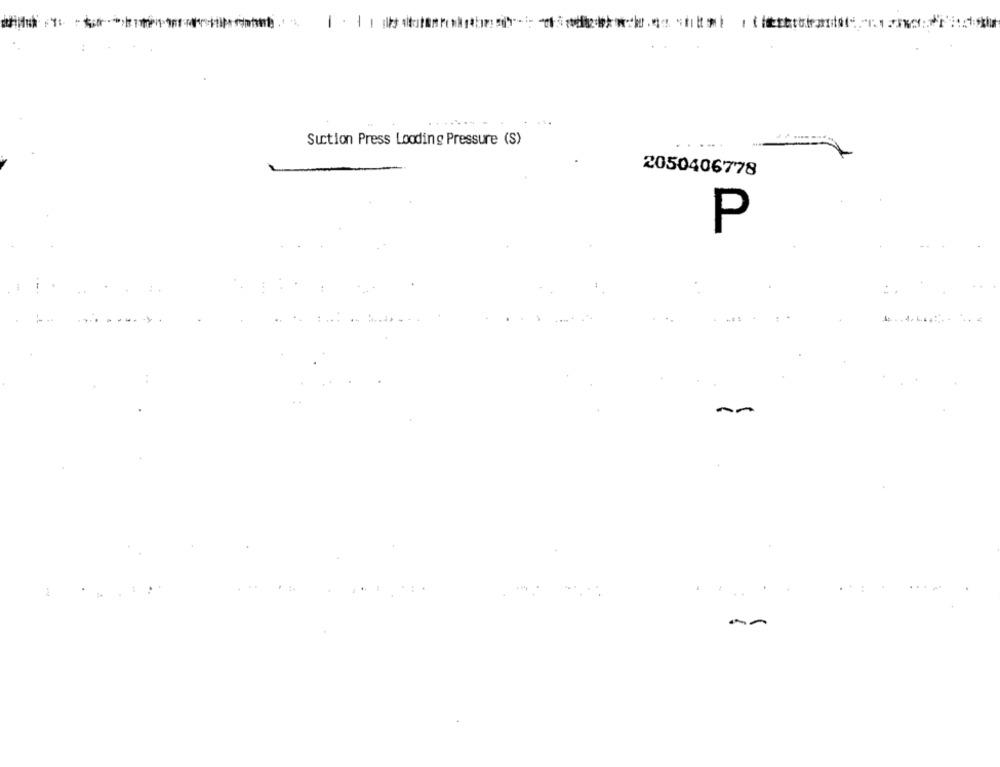
-
Suction Press Looding Pressure (S)
2050406778
P
..